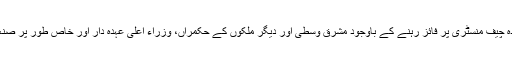
ایک دور ایسا بھی تھا جب چندرابابو نائیڈو کو متحدہ آندھراپردیش کے عہدہ چیف منسٹری پر فائز رہنے کے باوجود مشرق وسطیٰ اور دیگر ملکوں کے حکمراں، وزراء اعلیٰ عہدہ دار اور خاص طور پر صنعتکار مستقبل کے ہندوستانی وزیراعظم کی حیثیت سے دیکھا کرتے تھے۔